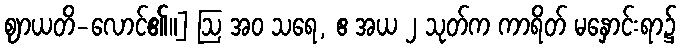
ဈာယတိ-လောင်၏။] ဩ အဝ သရေ, ဧ အယ ၂ သုတ်က ကာရိတ် မနှောင်းရာ၌